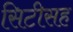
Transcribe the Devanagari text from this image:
सिटीसह